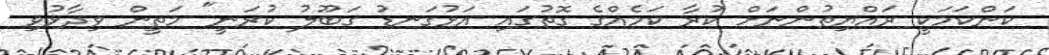
ކަންކަމަކީ ރައްޔިތުންނަށް ކުރާ ކަމެއްގެ ގޮތުގައި އަޅުގަނޑު ގަބޫލު ކުރަނީ" މަތީން ވިދާޅުވި